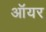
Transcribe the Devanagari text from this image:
ऑयर